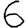
Digit: 6